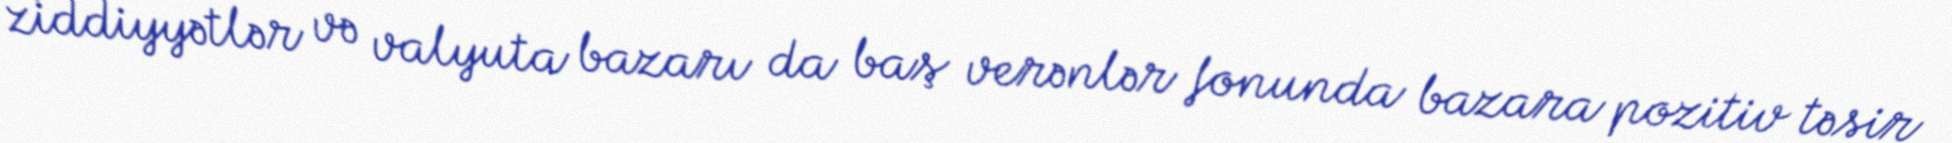
ziddiyyətlər və valyuta bazarı da baş verənlər fonunda bazara pozitiv təsir